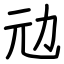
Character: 𠠺